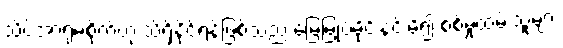
သိပ်အာရုံမစိုက်ဟု သိရှိနိုင်ရန်ဖြစ်သည် မြေမြုပ်မိုင်းနင်းမိ၍ စစ်မှုထမ်းသူများ